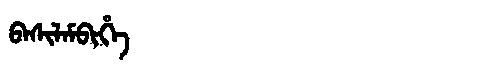
Manchu: ᠪᠠᠰᡳᠯᠠᠮᠪᡳᡥᡝ
Romanization: BASILAMBIHE